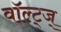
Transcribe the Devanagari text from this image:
वॉल्ट्ज्